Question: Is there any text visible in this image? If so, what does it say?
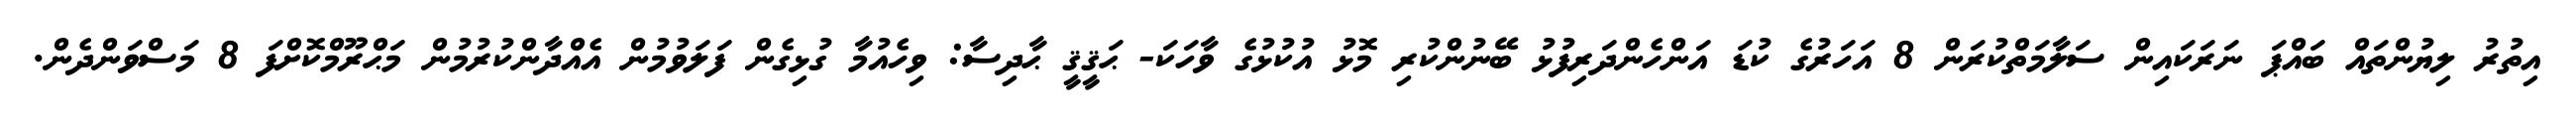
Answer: އިތުރު ލިޔުންތައް ބައްޕަ ނަރަކައިން ސަލާމަތްކުރަން 8 އަހަރުގެ ކުޑަ އަންހެންދަރިފުޅު ބޭނުންކުރި މޮޅު އުކުޅުގެ ވާހަކަ- ޙަޤީޤީ ޙާދިސާ: ވިހެއުމާ ގުޅިގެން ފަލަވުމުން އެއްދާންކުރުމުން މަޙްރޫމްކޮށްފަ 8 މަސްވަންދެން.